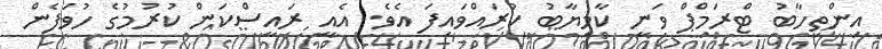
އިންތިހާބު ޓްރަމްޕް ވަނީ ކާމިޔާބު ކުރައްވައިފަ އެވެ. އެއީ ރައީސްކަން ކުރުމުގެ ހުވަފެން